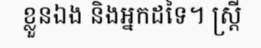
ខ្លួនឯង និងអ្នកដទៃ។ ស្ត្រី